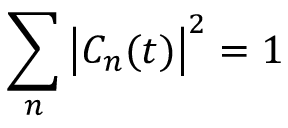
\sum _ { n } \left\vert C _ { n } ( t ) \right\vert ^ { 2 } = 1